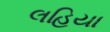
લહિયા